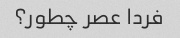
فردا عصر چطور؟